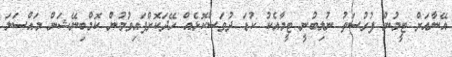
އޭނާއަށް ޓީމުން ފުރުސަތު ނުލިބުނީ ޓީމާއެކު ކުޑަ ދުވަސްކޮޅެއް ހޭދަކޮށްފައިވުމުން ކޮމްބިނޭޝަން މައްސަލަ